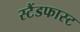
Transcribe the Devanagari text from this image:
स्टैंडफास्ट